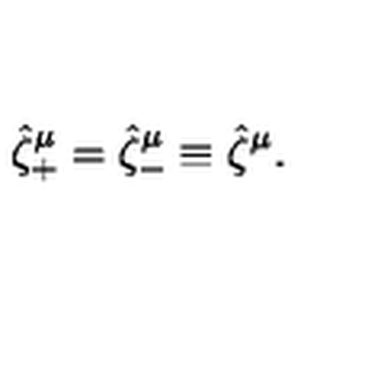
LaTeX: \hat { \zeta } _ { + } ^ { \mu } = \hat { \zeta } _ { - } ^ { \mu } \equiv \hat { \zeta } ^ { \mu } .